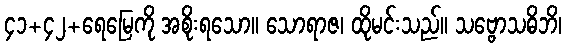
၄၁+၄၂+ရေမြေကို အစိုးရသော။ သောရာဇ၊ ထိုမင်းသည်။ သဗ္ဗောသဓိဘိ၊